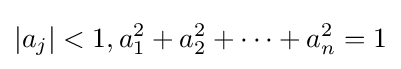
\left|a_{j}\right\vert <1,a_{1}^{2}+a_{2}^{2}+\dots +a_{n}^{2}=1